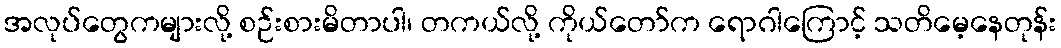
အလုပ်တွေကများလို့ စဉ်းစားမိတာပါ၊ တကယ်လို့ ကိုယ်တော်က ရောဂါကြောင့် သတိမေ့နေတုန်း